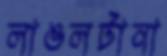
লাঙলটানা